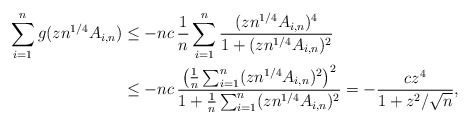
\begin{align*}\sum_{i=1}^n g(zn^{1/4}A_{i,n})&\leq -nc\,\frac{1}{n}\sum_{i=1}^n\frac{(zn^{1/4}A_{i,n})^4}{1+(zn^{1/4}A_{i,n})^2}\\&\leq -nc\,\frac{\left(\frac{1}{n}\sum_{i=1}^n(zn^{1/4}A_{i,n})^2\right)^2}{1+\frac{1}{n}\sum_{i=1}^n(zn^{1/4}A_{i,n})^2}=-\frac{cz^4}{1+z^2/\sqrt{n}},\end{align*}